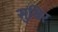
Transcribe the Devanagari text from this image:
सुधिर